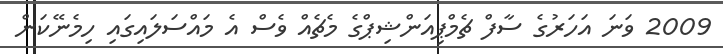
2009 ވަނަ އަހަރުގެ ސާފް ޗެމްޕިއަންޝިޕްގެ މެޗެއް ވެސް އެ މައްސަލައިގައި ހިމެނޭކަން